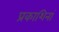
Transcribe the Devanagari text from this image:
प्रकाशिनां